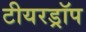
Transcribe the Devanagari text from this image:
टीयरड्रॉप